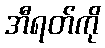
အီရတ်ကို